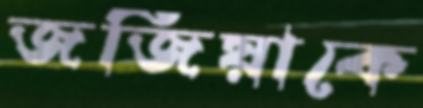
জর্জিয়াকে